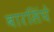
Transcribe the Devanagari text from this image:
बारसिंघे